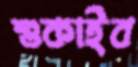
শুকাইব